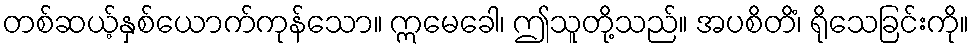
တစ်ဆယ့်နှစ်ယောက်ကုန်သော။ ဣမေခေါ၊ ဤသူတို့သည်။ အပစိတိံ၊ ရိုသေခြင်းကို။